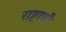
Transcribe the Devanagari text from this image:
राष्टाची